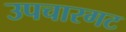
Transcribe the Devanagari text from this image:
उपचारगट